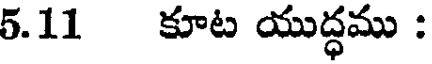
5.11 కూట యుద్ధము :